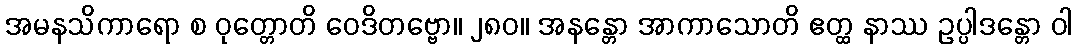
အမနသိကာရော စ ဝုတ္တောတိ ဝေဒိတဗ္ဗော။ ၂၈၀။ အနန္တော အာကာသောတိ ဧတ္ထ နာဿ ဥပ္ပါဒန္တော ဝါ